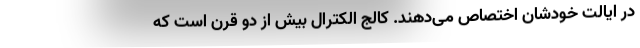
در ایالت خودشان اختصاص می‌دهند. کالج الکترال بیش از دو قرن است که